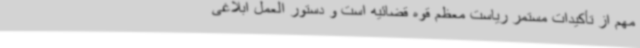
مهم از تأکیدات مستمر ریاست معظم قوه قضائیه است و دستور العمل ابلاغی